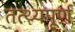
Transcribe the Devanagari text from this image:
तत्थ्यपूर्ण